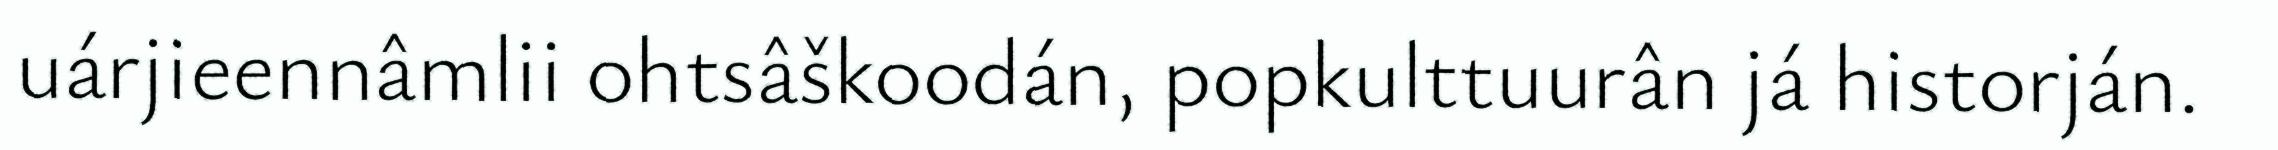
uárjieennâmlii ohtsâškoodán, popkulttuurân já historján.